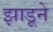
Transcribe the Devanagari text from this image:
झाडूने